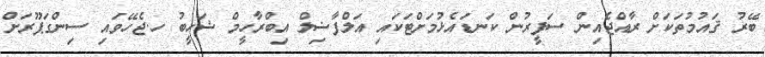
ބޭރު ޤައުމުތަކަށް ރާއްޖެއިން ސަފީރުން ކަނޑައެޅުމަށްޓަކައި އަލްފާޟިލް އިބްރާހީމް ޝަހީބު ހ.ޖެހޭވައި ސިންގަޕޫރަށް